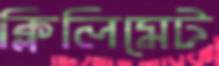
ক্লিলিমেট